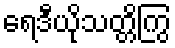
ရေဒီယိုသတ္တိကြွ